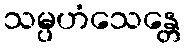
သမ္ပဟံသေန္တေ